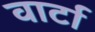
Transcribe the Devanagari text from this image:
वार्टा